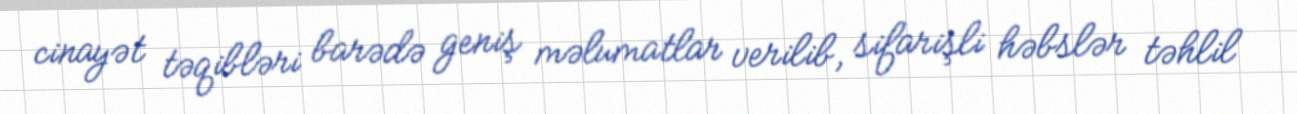
cinayət təqibləri barədə geniş məlumatlar verilib, sifarişli həbslər təhlil